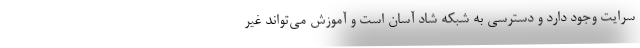
سرایت وجود دارد و دسترسی به شبکه شاد آسان است و آموزش می‌تواند غیر